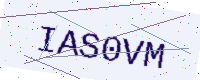
Text: IAS0VM